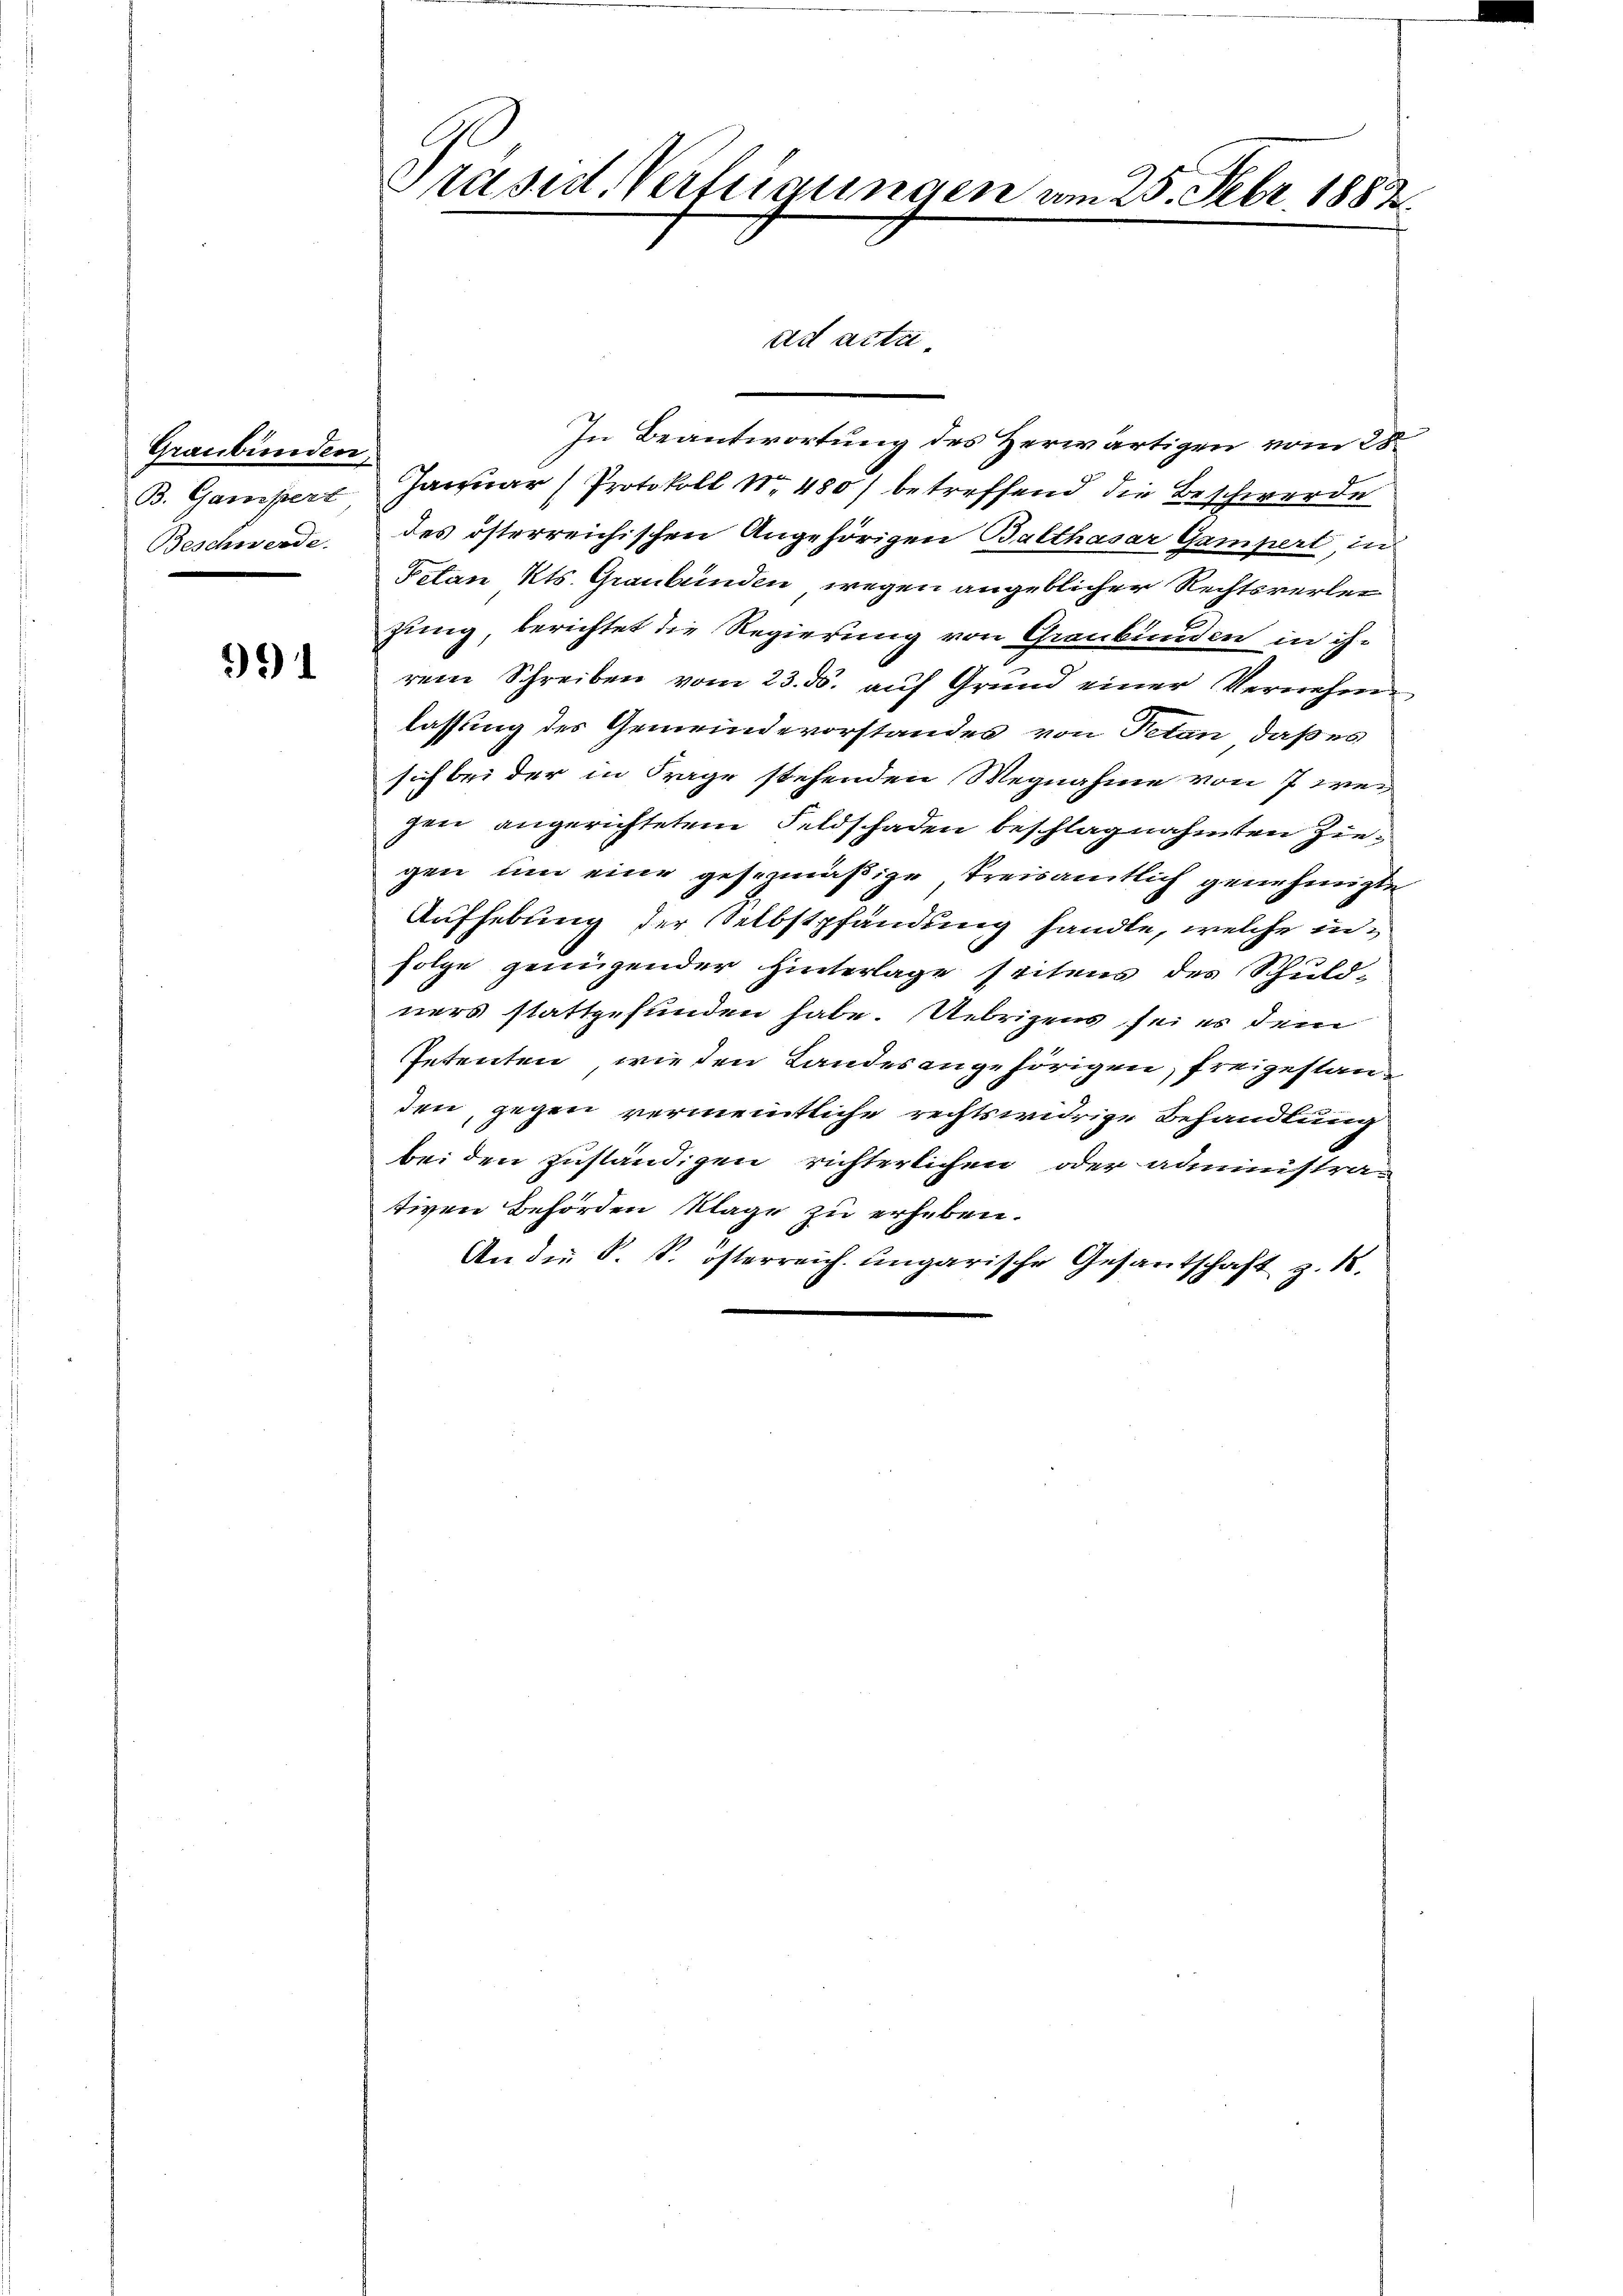
Graubünden,
B. Gampert
Beschwerde.

994

Präsid. Verfügungen.

ad acta.

In Beantwortung des Herwärtigen vom 28.
Januar (Protokoll No 480) betreffend die Beschwerde
des österreichischen Angehörigen Balthasar Gampert, in
Fetan Kts. Graubünden, wegen angeblicher Rechtsverlei
zung, berichtet die Regierung von Graubünden in ihrem Schreiben vom 23. ds. auf Grund einer Vernehme
lassung des Gemeindevorstandes von Petan, daß es
sich bei der in Frage stehenden Wegnahme von 7 wegen angerichtetem Feldschaden beschlagnahmten Ziegen um eine gesezmäßige, kreisamtlich genehmigte
Aufhebung der Selbstpfändung handle, welche infolge genügender Hinterlage seitens des Schuld-
ners stattgefunden habe. Uebrigens sei es dem
Petenten wieden Landesangehörigen, freigestanden, gegen vermeintliche rechtswidrige Behandlung
bei den zuständigen richterlichen oder administrativen Behörden Klage zu erheben.
An die S. S. österreich ungarische Gesantschaft z. 18.

25. Febr 1882.